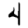
Digit: 4